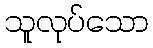
သူလုပ်သော